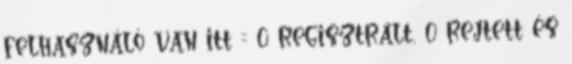
felhasználó van itt :: 0 regisztrált, 0 rejtett és